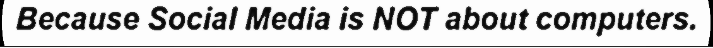
Because Social Media is NOT about computers.